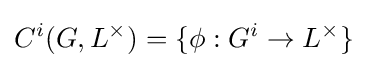
C^{i}(G,L^{\times })=\{\phi :G^{i}\to L^{\times }\}